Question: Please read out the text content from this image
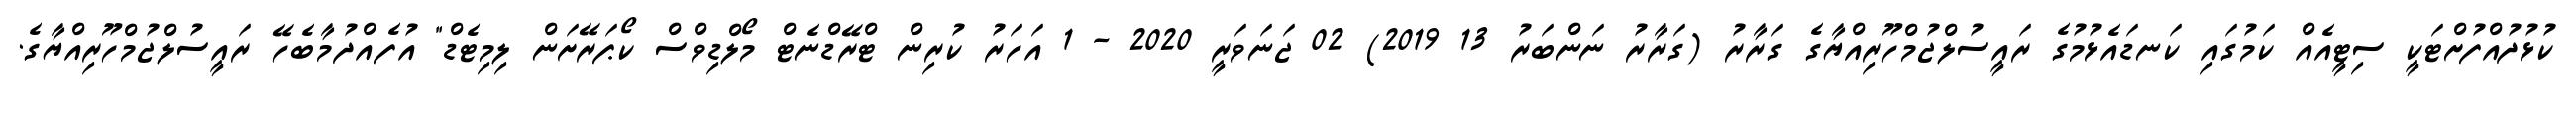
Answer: ކުޅުދުއްފުށްޓަކީ ސިޓީއެއް ކަމުގައި ކަނޑައެޅުމުގެ ރައީސުލްޖުމްހޫރިއްޔާގެ ގަރާރު (ގަރާރު ނަންބަރު 13 2019) 02 ޖަނަވަރީ 2020 - 1 އަހަރު ކުރިން ޓްރޭޑްނެޓް މޯލްޑިވްސް ކޯޕަރޭށަން ލިމިޓެޑް" އުފެއްދުމާބެހޭ ރައީސުލްޖުމްހޫރިއްޔާގެ.